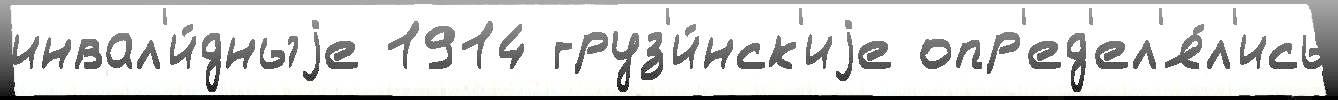
инвал'и́дныjе 1914 груз'и́нск'иjе опр'ед'ел'я́л'ись